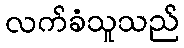
လက်ခံသူသည်